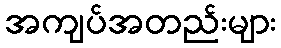
အကျပ်အတည်းများ